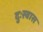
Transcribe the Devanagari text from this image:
दुःस्वास